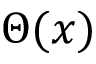
\Theta ( x )